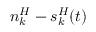
n _ { k } ^ { H } - s _ { k } ^ { H } ( t )